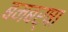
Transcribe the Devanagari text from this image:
बमबर्षा